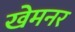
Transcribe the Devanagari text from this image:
खेमनर